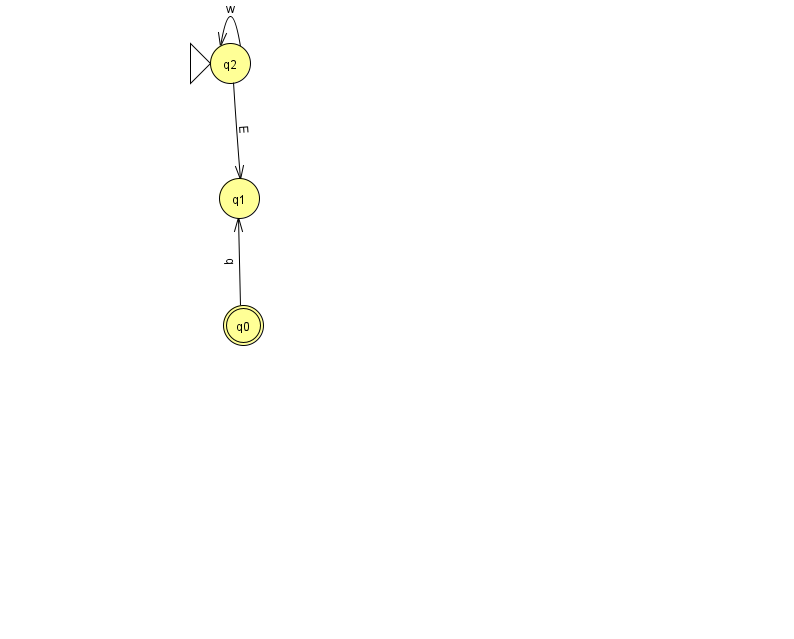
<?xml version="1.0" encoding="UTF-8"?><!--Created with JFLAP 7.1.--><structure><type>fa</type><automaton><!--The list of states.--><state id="0" name="q0"><x>243.0</x><y>312.0</y><final/></state><state id="1" name="q1"><x>239.0</x><y>185.0</y></state><state id="2" name="q2"><x>230.0</x><y>50.0</y><initial/></state><!--The list of transitions.--><transition><from>2</from><to>2</to><read>w</read></transition><transition><from>2</from><to>1</to><read>E</read></transition><transition><from>0</from><to>1</to><read>q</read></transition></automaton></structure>